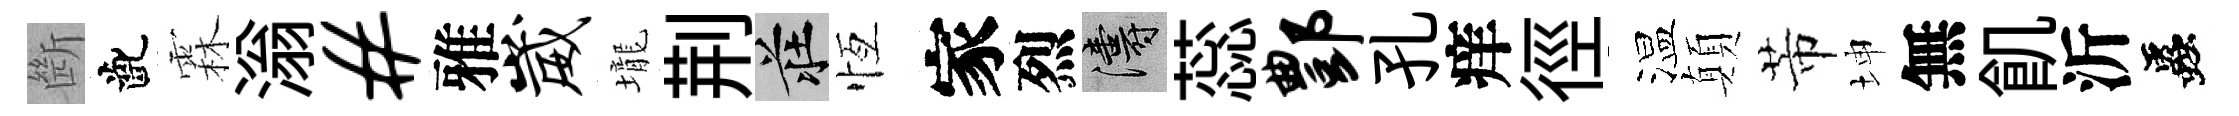
㫁齔霖滃#雅崴壠荆莊恆家烈濤蕊酆孔痒徑温顛芾坤無飢沂蟲